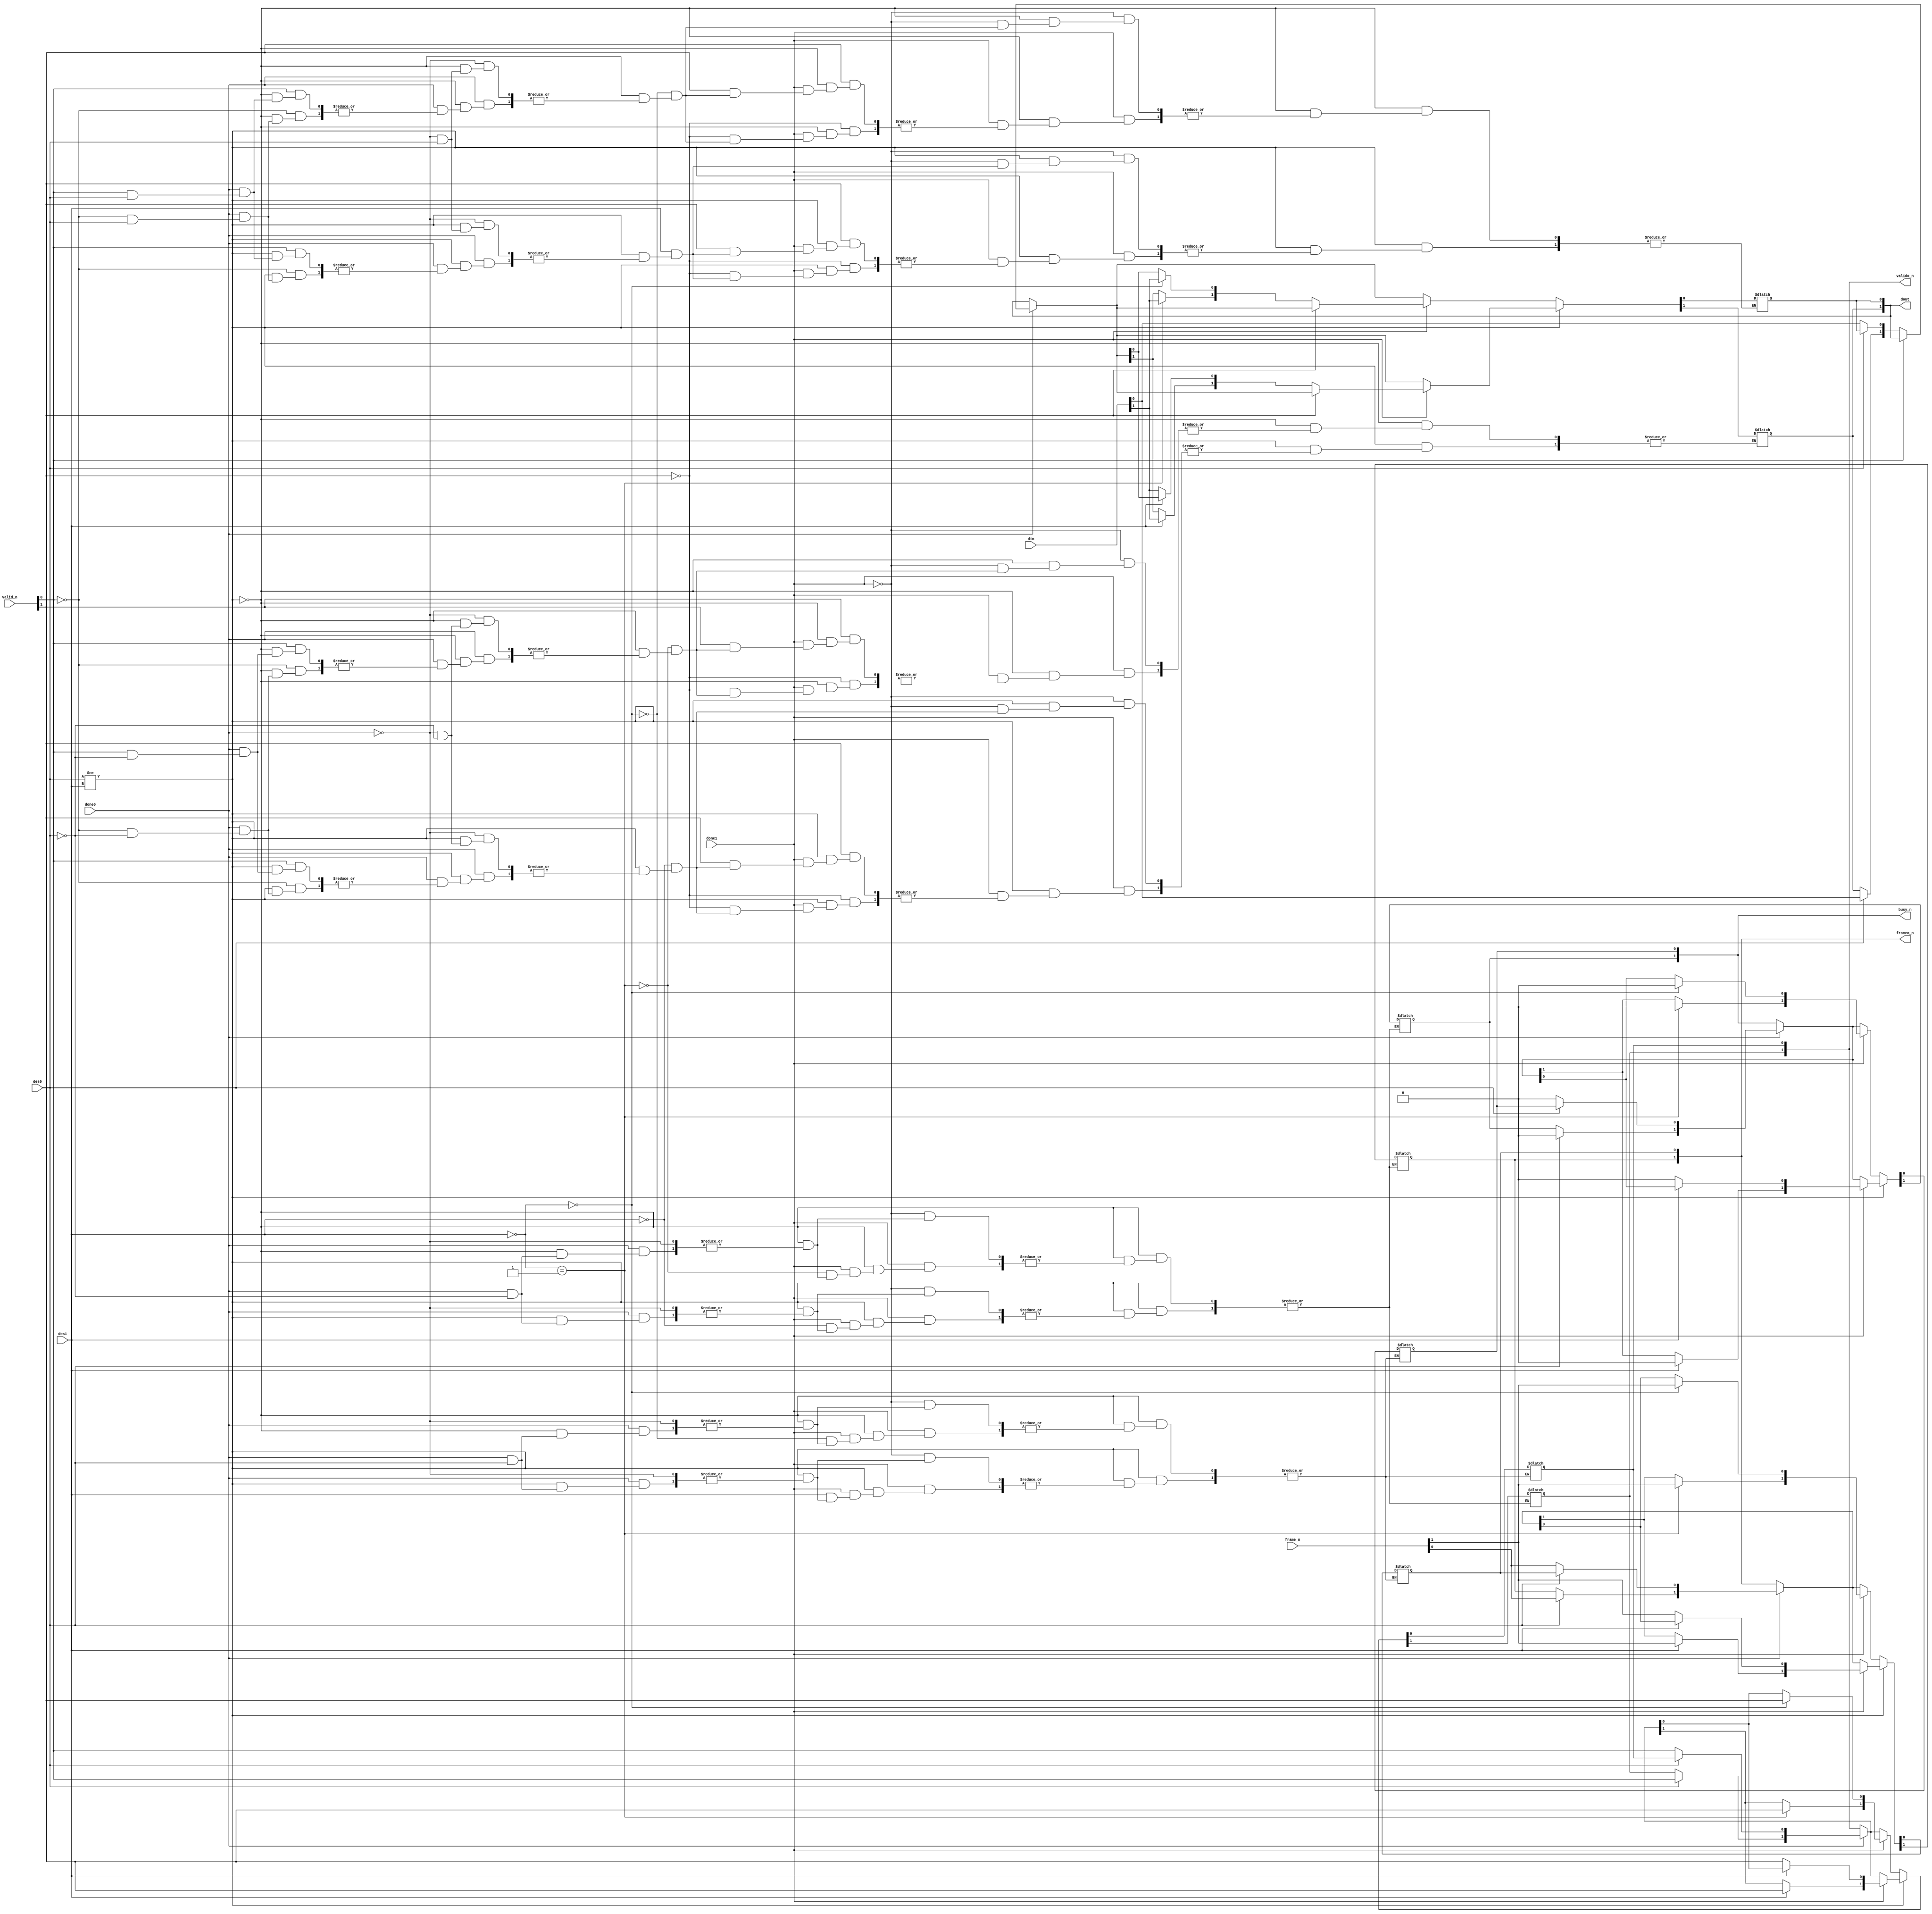
`timescale 1ns / 1ps
//////////////////////////////////////////////////////////////////////////////////
// Company: 
// Engineer: 
// 
// Design Name: 
// Module Name: fixed_priority
// Project Name: 
// Target Devices: 
// Tool Versions: 
// Description: 
// 
// Dependencies: 
// 
// Revision:
// Revision 0.01 - File Created
// Additional Comments:
// 
//////////////////////////////////////////////////////////////////////////////////


module fixed_priority(
    input wire des0,
    input wire des1,
    input wire done0,
    input wire done1,
    input wire [1:0] frame_n,
    input wire [1:0] valid_n,
    input wire [1:0] din,
    output reg [1:0] busy_n,
    output reg [1:0] dout,
    output reg [1:0] frameo_n,
    output reg [1:0] valido_n
);
////gn assign
//assign busy_n[da_0] = (da_0 != da_1) ? (done0 ? 1'b0 : busy_n[da_0]) : (done0 ? 1'b0 : busy_n[da_0]);
//assign busy_n[da_1] = (da_0 != da_1) ? (done1 ? 1'b0 : busy_n[da_1]) : (done1 ? 1'b0 : busy_n[da_1]);

//assign frameo_n[da_0] = (da_0 != da_1) ? frame_n[0] : frame_n[0];
//assign frameo_n[da_1] = (da_0 != da_1) ? frame_n[1] : frame_n[1];

//assign valido_n[da_0] = (da_0 != da_1) ? valid_n[0] : valid_n[0];
//assign valido_n[da_1] = (da_0 != da_1) ? valid_n[1] : valid_n[1];

//assign dout[da_0] = (da_0 != da_1) ? (done0 ? (valid_n[0] ? 1'bx : din[0]) : 1'bx) : (done0 ? (valid_n[0] ? 1'bx : din[0]) : 1'bx);
//assign dout[da_1] = (da_0 != da_1) ? (done1 ? (valid_n[1] ? 1'bx : din[1]) : 1'bx) : (done1 ? (valid_n[1] ? 1'bx : din[1]) : 1'bx);

////
always @(*) begin
    if (des0 != des1) begin
        if (done0) begin
            busy_n[des0] = 1'b0;
            frameo_n[des0] = frame_n[0];
            valido_n[des0] = valid_n[0];
            if (~valid_n[0]) begin
                dout[des0] = din[0];
            end
            else dout[des0] = 1'bx;
        end
        else begin
            dout[des0] = 1'bx;
        end

        if (done1) begin
            busy_n[des1] = 1'b0;
            frameo_n[des1] = frame_n[1];
            valido_n[des1] = valid_n[1];
            if (~valid_n[1]) begin
                dout[des1] = din[1];
            end
            else dout[des1] = 1'bx;
        end
        else begin
            dout[des1] = 1'bx;
        end
    end
    else begin
        if (done0) begin
            busy_n[des0] = 1'b0;
            frameo_n[des0] = frame_n[0];
            valido_n[des0] = valid_n[0];
            if (~valid_n[0]) begin
                dout[des0] = din[0];
            end
            else dout[des0] = 1'bx;
        end
        else begin
            dout[des0] = 1'bx;
        end

        if (done1) begin
            busy_n[~des1] = 1'b0;
            frameo_n[~des1] = frame_n[1];
            valido_n[~des1] = valid_n[1];
            if (~valid_n[1]) begin
                dout[~des1] = din[1];
            end
            else dout[~des1] = 1'bx;
        end
        else begin
            dout[~des1] = 1'bx;
        end
    end
end

endmodule